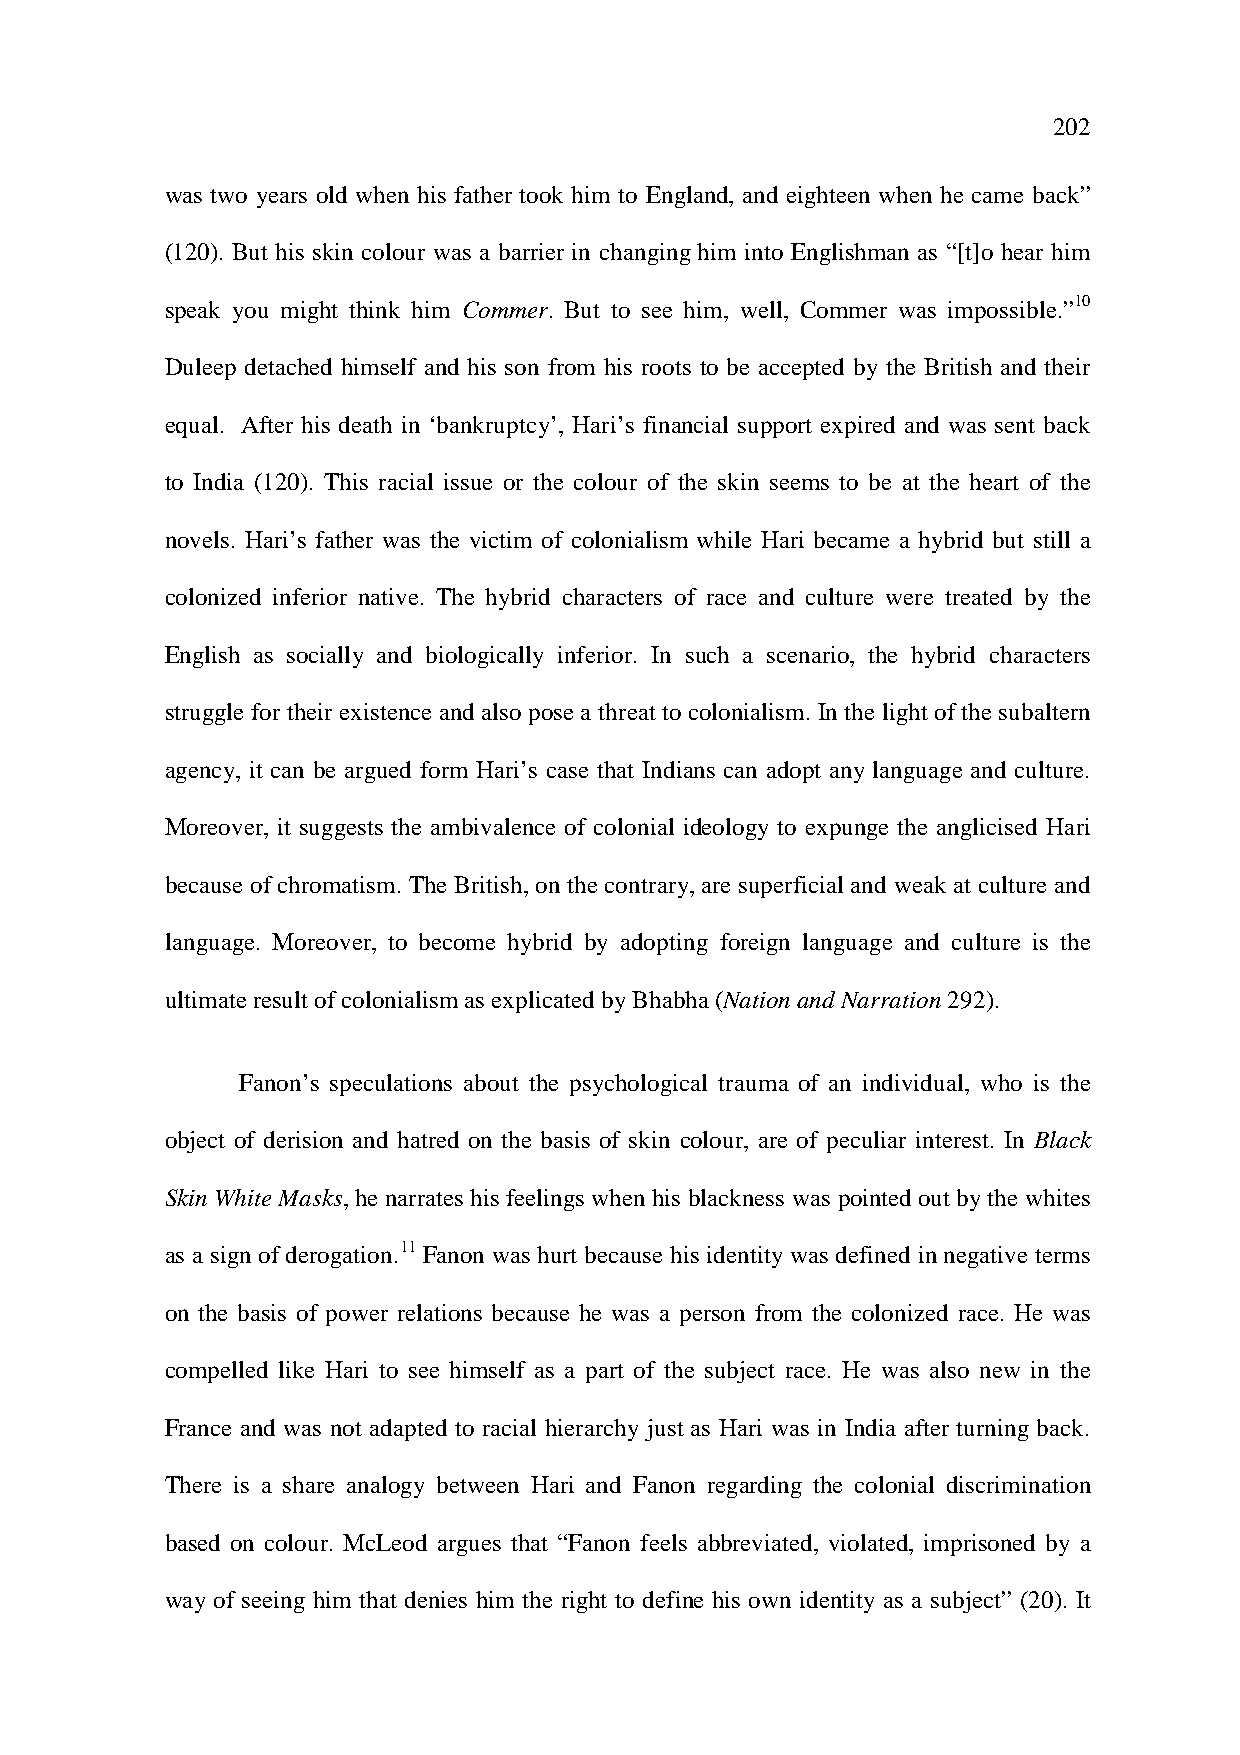
202
 was two years old when his father took him to England, and eighteen when he came back”
 (120). But his skin colour was a barrier in changing him into Englishman as “[t]o hear him
 speak you might think him Commer. But to see him, well, Commer was impossible.”10
 Duleep detached himself and his son from his roots to be accepted by the British and their
 equal. After his death in ‘bankruptcy’, Hari’s financial support expired and was sent back
 to India (120). This racial issue or the colour of the skin seems to be at the heart of the
 novels. Hari’s father was the victim of colonialism while Hari became a hybrid but still a
 colonized inferior native. The hybrid characters of race and culture were treated by the
 English as socially and biologically inferior. In such a scenario, the hybrid characters
 struggle for their existence and also pose a threat to colonialism. In the light of the subaltern
 agency, it can be argued form Hari’s case that Indians can adopt any language and culture.
 Moreover, it suggests the ambivalence of colonial ideology to expunge the anglicised Hari
 because of chromatism. The British, on the contrary, are superficial and weak at culture and
 language. Moreover, to become hybrid by adopting foreign language and culture is the
 ultimate result of colonialism as explicated by Bhabha (Nation and Narration 292).
 Fanon’s speculations about the psychological trauma of an individual, who is the
 object of derision and hatred on the basis of skin colour, are of peculiar interest. In Black
 Skin White Masks, he narrates his feelings when his blackness was pointed out by the whites
 as a sign of derogation.11 Fanon was hurt because his identity was defined in negative terms
 on the basis of power relations because he was a person from the colonized race. He was
 compelled like Hari to see himself as a part of the subject race. He was also new in the
 France and was not adapted to racial hierarchy just as Hari was in India after turning back.
 There is a share analogy between Hari and Fanon regarding the colonial discrimination
 based on colour. McLeod argues that “Fanon feels abbreviated, violated, imprisoned by a
 way of seeing him that denies him the right to define his own identity as a subject” (20). It